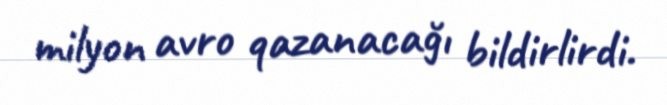
milyon avro qazanacağı bildirlirdi.